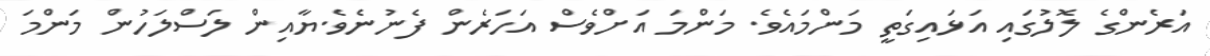
އަރެންގެ ލޮލުގައި އަޅައިގަތީ މަންމައެވެ. މަންމަ އަށްވެސް އަހަރެން ފެނުނެވެ.ޔާއިން ލަސްލަހުން މަންމަ